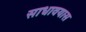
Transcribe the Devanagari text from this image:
साधावयास